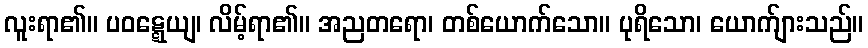
လူးရာ၏။ ပဝဋ္ဋေယျ၊ လိမ့်ရာ၏။ အညတရော၊ တစ်ယောက်သော။ ပုရိသော၊ ယောက်ျားသည်။